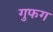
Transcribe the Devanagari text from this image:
गुफग